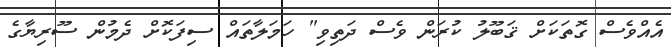
އެއްވެސް ގޮތަކަށް ޤަބޫލު ކުރަން ވެސް ދަތިވި" ހަމަލާތައް ސިފަކޮށް ދެމުން ސޫރިޔާގެ